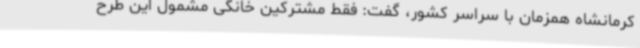
کرمانشاه همزمان با سراسر کشور، گفت: فقط مشترکین خانگی مشمول این طرح